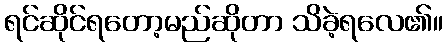
ရင်ဆိုင်ရတော့မည်ဆိုတာ သိခဲ့ရလေ၏။